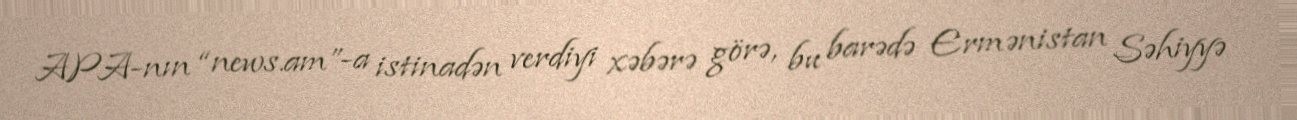
APA-nın “news.am”-a istinadən verdiyi xəbərə görə, bu barədə Ermənistan Səhiyyə